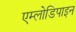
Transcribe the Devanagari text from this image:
एम्लोडिपाइन